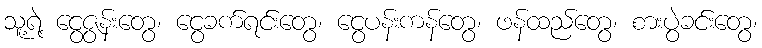
သူ့ရဲ့ ငွေဇွန်းတွေ၊ ငွေခက်ရင်းတွေ၊ ငွေပန်းကန်တွေ၊ ဖန်ထည်တွေ၊ စားပွဲခင်းတွေ၊